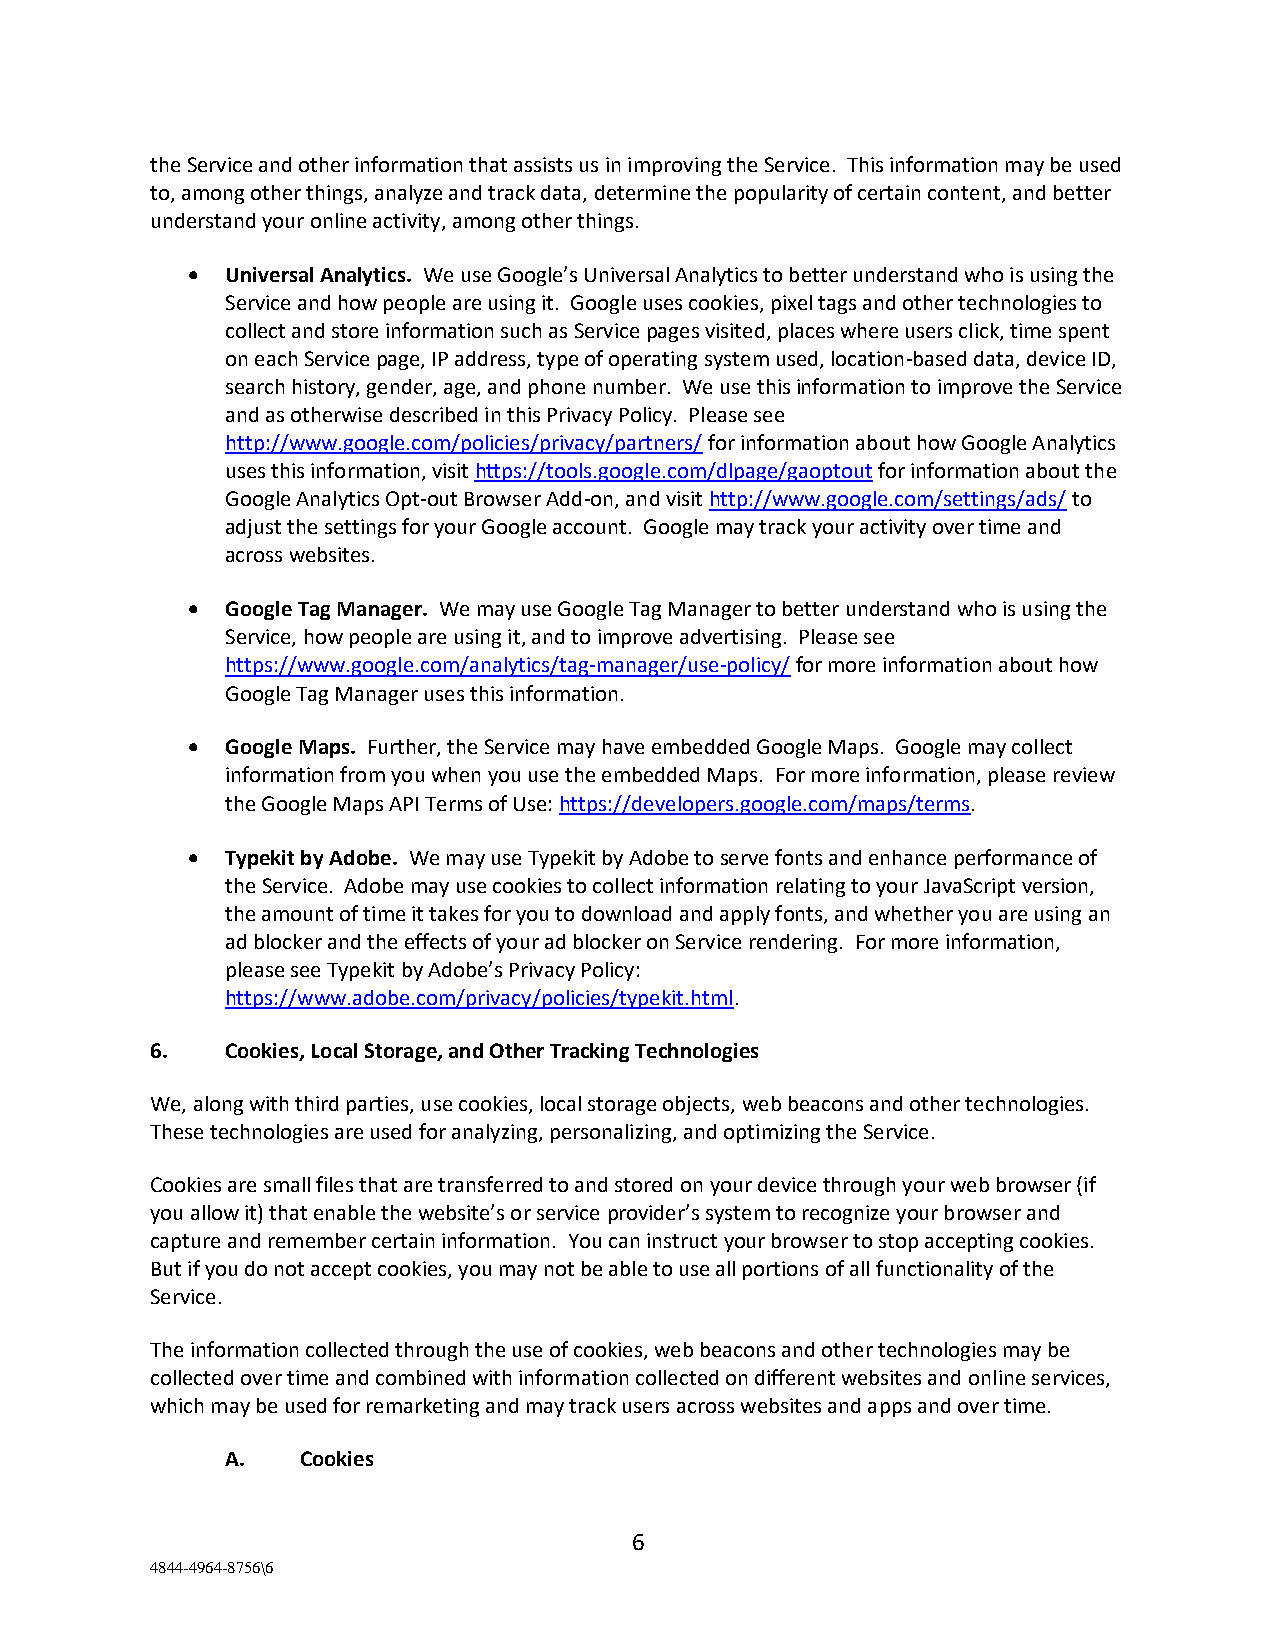
the Service and other information that assists us in improving the Service. This information may be used
 to, among other things, analyze and track data, determine the popularity of certain content, and better
 understand your online activity, among other things.
 •  Universal Analytics. We use Google’s Universal Analytics to better understand who is using the
 Service and how people are using it. Google uses cookies, pixel tags and other technologies to
 collect and store information such as Service pages visited, places where users click, time spent
 on each Service page, IP address, type of operating system used, location-based data, device ID,
 search history, gender, age, and phone number. We use this information to improve the Service
 and as otherwise described in this Privacy Policy. Please see
 http://www.google.com/policies/privacy/partners/ for information about how Google Analytics
 uses this information, visit https://tools.google.com/dlpage/gaoptout for information about the
 Google Analytics Opt-out Browser Add-on, and visit http://www.google.com/settings/ads/ to
 adjust the settings for your Google account. Google may track your activity over time and
 across websites.
 •  Google Tag Manager. We may use Google Tag Manager to better understand who is using the
 Service, how people are using it, and to improve advertising. Please see
 https://www.google.com/analytics/tag-manager/use-policy/ for more information about how
 Google Tag Manager uses this information.
 •  Google Maps. Further, the Service may have embedded Google Maps. Google may collect
 information from you when you use the embedded Maps. For more information, please review
 the Google Maps API Terms of Use: https://developers.google.com/maps/terms.
 •  Typekit by Adobe. We may use Typekit by Adobe to serve fonts and enhance performance of
 the Service. Adobe may use cookies to collect information relating to your JavaScript version,
 the amount of time it takes for you to download and apply fonts, and whether you are using an
 ad blocker and the effects of your ad blocker on Service rendering. For more information,
 please see Typekit by Adobe’s Privacy Policy:
 https://www.adobe.com/privacy/policies/typekit.html.
 6.   Cookies, Local Storage, and Other Tracking Technologies
 We, along with third parties, use cookies, local storage objects, web beacons and other technologies.
 These technologies are used for analyzing, personalizing, and optimizing the Service.
 Cookies are small files that are transferred to and stored on your device through your web browser (if
 you allow it) that enable the website’s or service provider’s system to recognize your browser and
 capture and remember certain information. You can instruct your browser to stop accepting cookies.
 But if you do not accept cookies, you may not be able to use all portions of all functionality of the
 Service.
 The information collected through the use of cookies, web beacons and other technologies may be
 collected over time and combined with information collected on different websites and online services,
 which may be used for remarketing and may track users across websites and apps and over time.
 A.   Cookies
 6
 4844-4964-8756\6